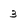
Character: 3